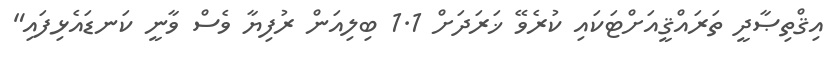
އިޤްތިޞާދީ ތަރައްޤީއަށްޓަކައި ކުރެވޭ ޚަރަދަށް 1.1 ބިލިއަން ރުފިޔާ ވެސް ވާނީ ކަނޑައެޅިފައި"